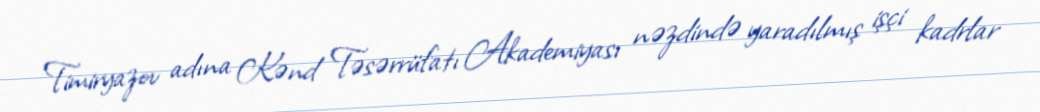
Timiryazov adına Kənd Təsərrüfatı Akademiyası nəzdində yaradılmış işçi kadrlar